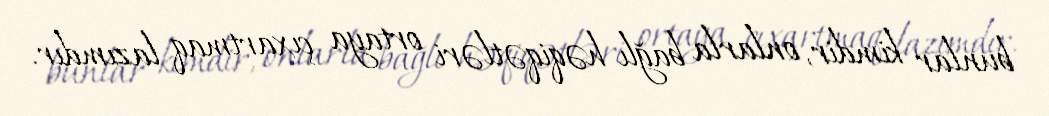
bunlar kimdir, onlarla bağlı həqiqətləri ortaya çıxartmaq lazımdır.